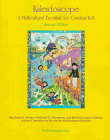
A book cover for Kaleidoscope: A Multicultural Booklist for Grades K-8 : Covering Books Published from 1993-95 (Ncte Bibliography Series); Rosalinda Benavides Barrera; Literature & Fiction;